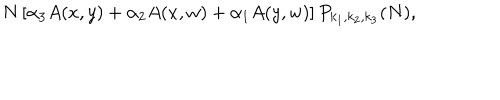
N \left[ \alpha _ { 3 } A ( x , y ) + \alpha _ { 2 } A ( x , w ) + \alpha _ { 1 } A ( y , w ) \right] P _ { k _ { 1 } , k _ { 2 } , k _ { 3 } } ( N ) ,